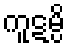
ကူဋမ္ပိ